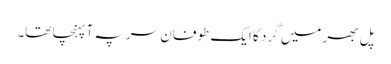
پل بھر میں گرد کا ایک طوفان سر پہ آ پہنچا تھا۔